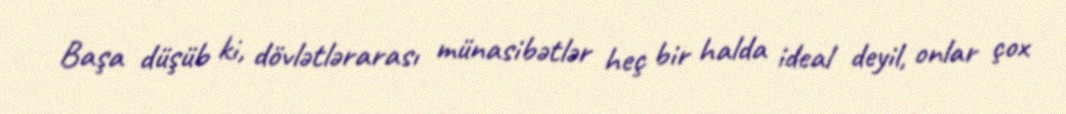
Başa düşüb ki, dövlətlərarası münasibətlər heç bir halda ideal deyil, onlar çox